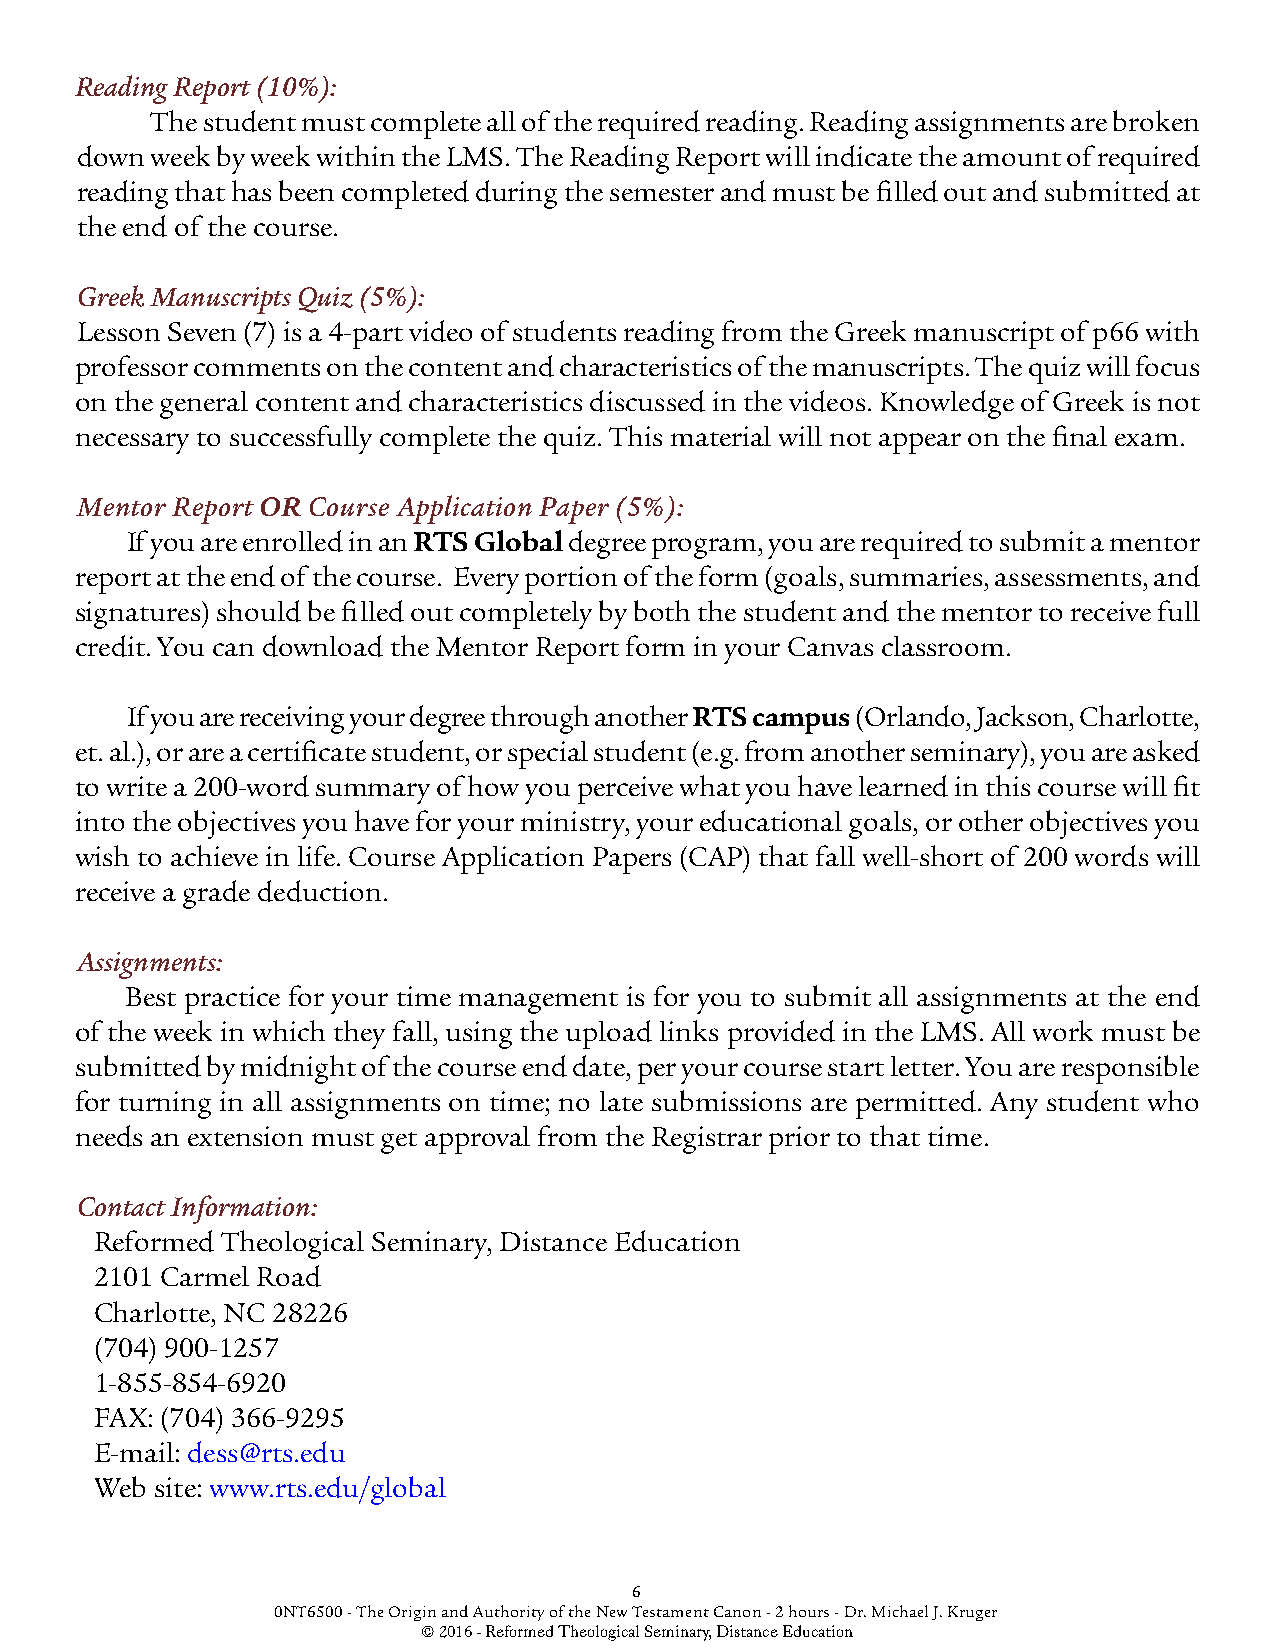
Reading Report (10%):
 The student must complete all of the required reading. Reading assignments are broken
 down week by week within the LMS. The Reading Report will indicate the amount of required
 reading that has been completed during the semester and must be filled out and submitted at
 the end of the course.
 Greek Manuscripts Quiz (5%):
 Lesson Seven (7) is a 4-part video of students reading from the Greek manuscript of p66 with
 professor comments on the content and characteristics of the manuscripts. The quiz will focus
 on the general content and characteristics discussed in the videos. Knowledge of Greek is not
 necessary to successfully complete the quiz. This material will not appear on the final exam.
 Mentor Report OR Course Application Paper (5%):
 If you are enrolled in an RTS Global degree program, you are required to submit a mentor
 report at the end of the course. Every portion of the form (goals, summaries, assessments, and
 signatures) should be filled out completely by both the student and the mentor to receive full
 credit. You can download the Mentor Report form in your Canvas classroom.
 If you are receiving your degree through another RTS campus (Orlando, Jackson, Charlotte,
 et. al.), or are a certificate student, or special student (e.g. from another seminary), you are asked
 to write a 200-word summary of how you perceive what you have learned in this course will fit
 into the objectives you have for your ministry, your educational goals, or other objectives you
 wish to achieve in life. Course Application Papers (CAP) that fall well-short of 200 words will
 receive a grade deduction.
 Assignments:
 Best practice for your time management is for you to submit all assignments at the end
 of the week in which they fall, using the upload links provided in the LMS. All work must be
 submitted by midnight of the course end date, per your course start letter. You are responsible
 for turning in all assignments on time; no late submissions are permitted. Any student who
 needs an extension must get approval from the Registrar prior to that time.
 Contact Information:
 Reformed Theological Seminary, Distance Education
 2101 Carmel Road
 Charlotte, NC 28226
 (704) 900-1257
 1-855-854-6920
 FAX: (704) 366-9295
 E-mail: dess@rts.edu
 Web site: www.rts.edu/global
 6
 0NT6500 - The Origin and Authority of the New Testament Canon - 2 hours - Dr. Michael J. Kruger
 © 2016 - Reformed Theological Seminary, Distance Education